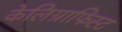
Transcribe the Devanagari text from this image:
केलिग्राफिस्ट